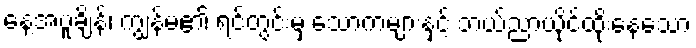
နေ့အပူချိန်၊ ကျွန်မ၏ ရင်တွင်းမှ သောကများနှင့် ဘယ်ညာယိုင်ထိုးနေသော